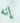
إنه